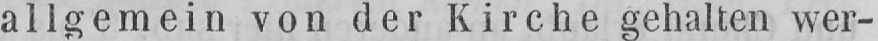
allgemein von der Kirche gehalten wer-